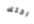
اختك